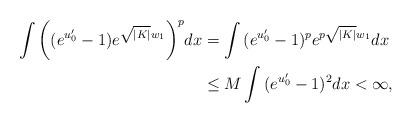
LaTeX: \begin{align*}\int{\bigg((e^{u_0'}-1)e^{\sqrt{|K|}w_1}\bigg)^p}dx&=\int{(e^{u_0'}-1)^pe^{p\sqrt{|K|}w_1}}dx\\&\leq M \int{(e^{u_0'}-1)^2}dx<\infty,\end{align*}